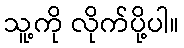
သူ့ကို လိုက်ပို့ပါ။